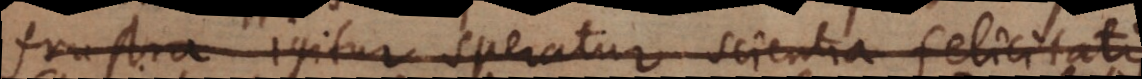
Frustra igitur speratur scientia felicitatis.